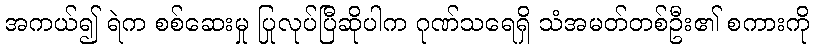
အကယ်၍ ရဲက စစ်ဆေးမှု ပြုလုပ်ပြီဆိုပါက ဂုဏ်သရေရှိ သံအမတ်တစ်ဦး၏ စကားကို